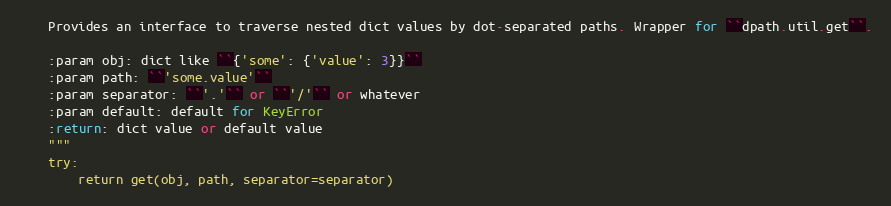
Language: Python
    Provides an interface to traverse nested dict values by dot-separated paths. Wrapper for ``dpath.util.get``.

    :param obj: dict like ``{'some': {'value': 3}}``
    :param path: ``'some.value'``
    :param separator: ``'.'`` or ``'/'`` or whatever
    :param default: default for KeyError
    :return: dict value or default value
    """
    try:
        return get(obj, path, separator=separator)